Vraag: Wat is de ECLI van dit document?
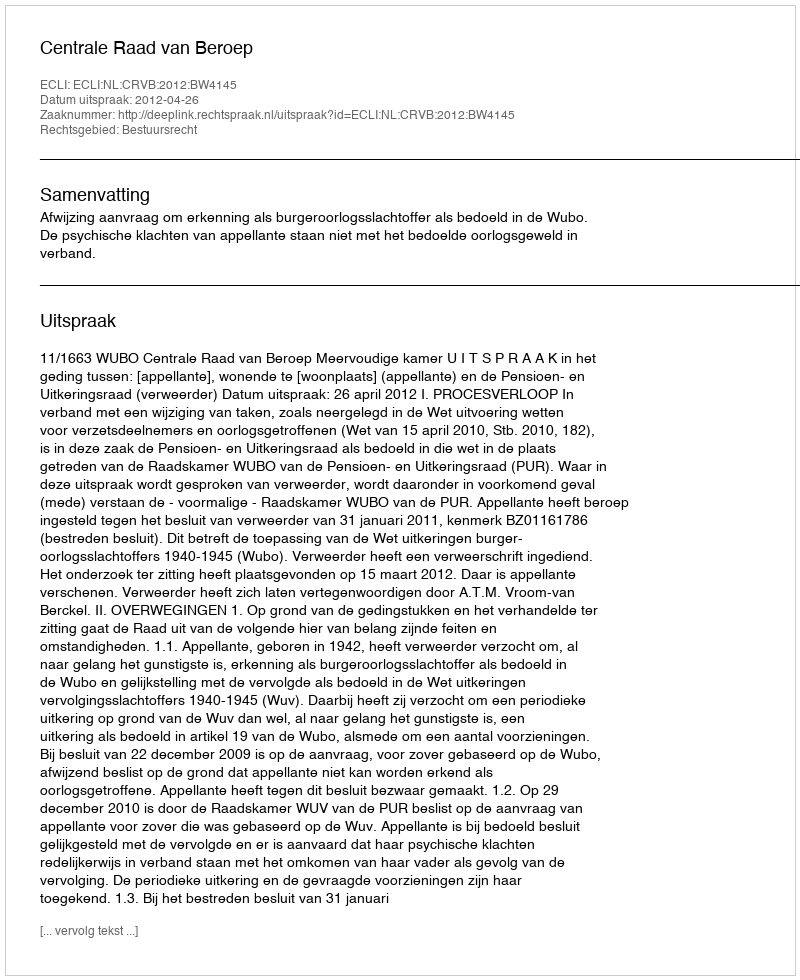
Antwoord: ECLI:NL:CRVB:2012:BW4145